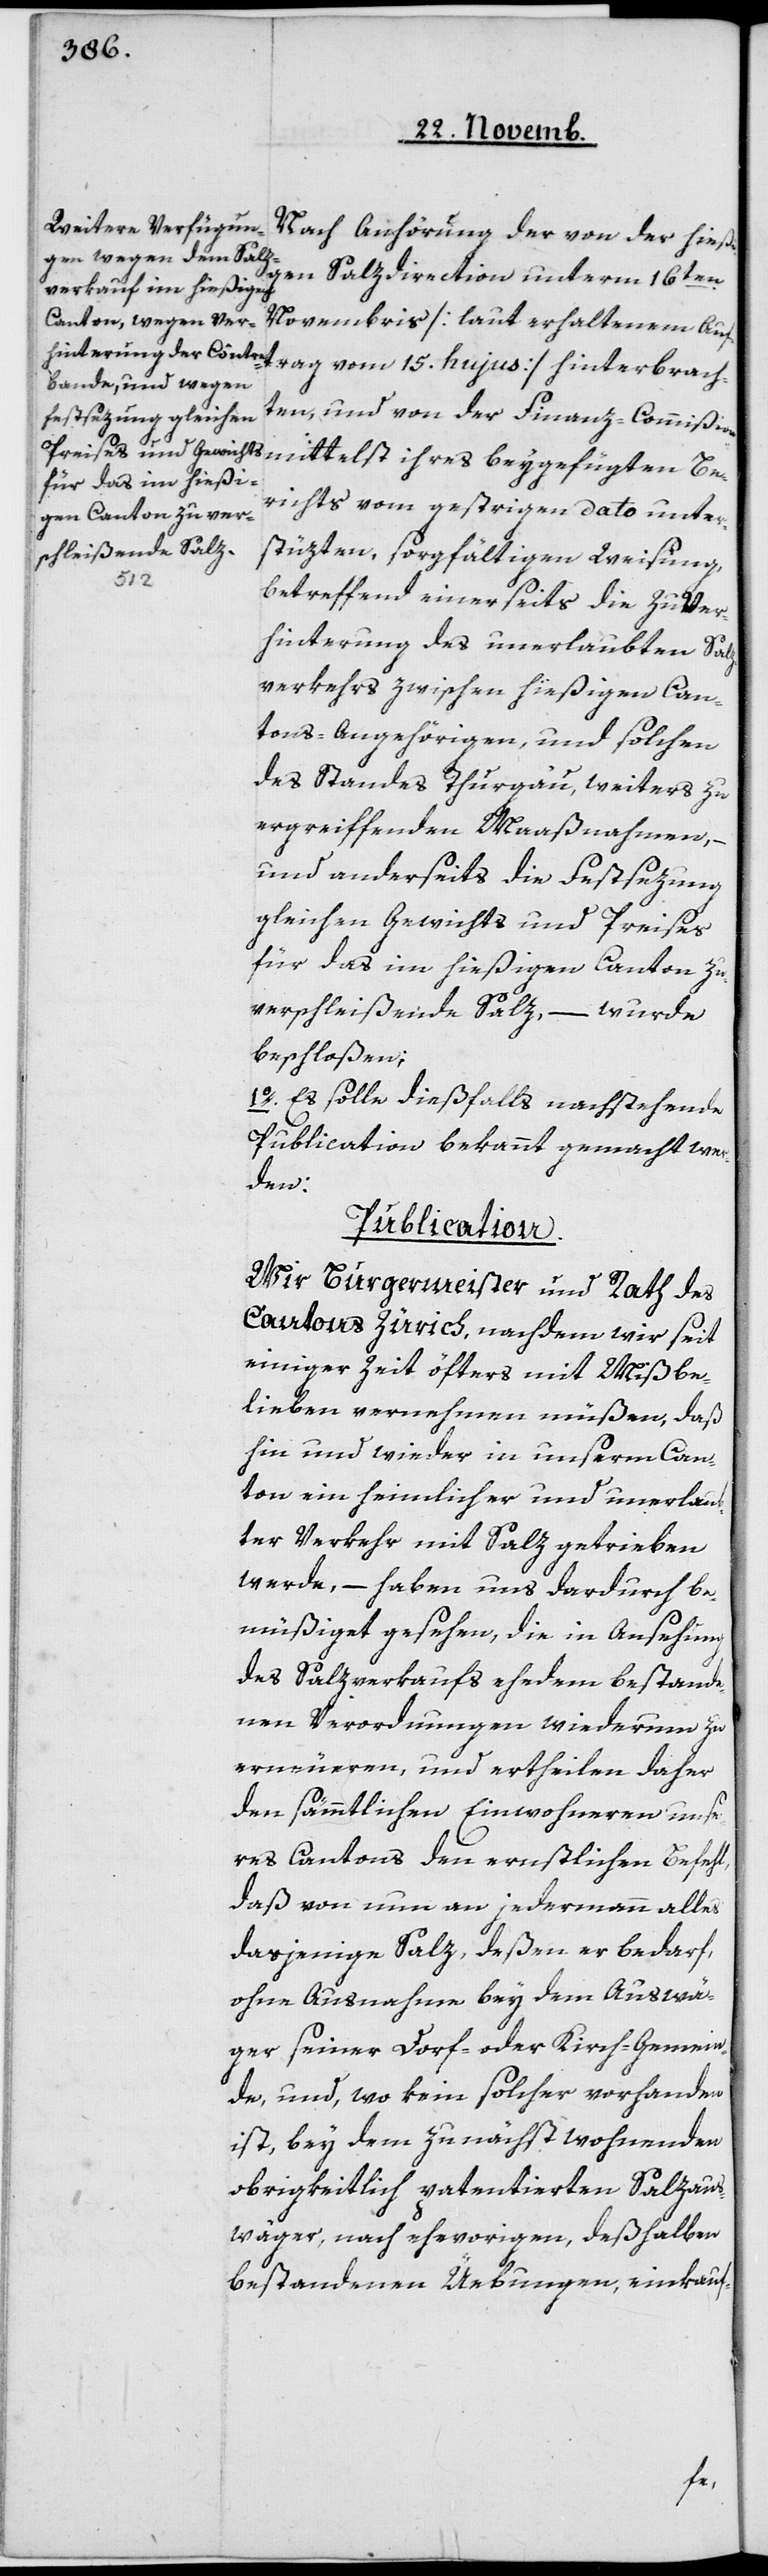
Nach Anhörung der von der hieß¬
igen Salzdirection unterm 16ten
Novembris [laut erhaltenem Auft¬
hten, und von der Finanz-Commißion
richts vom gestrigen Dato unter¬
stüzten, sorgfältigen Weisung,
betreffend einerseits die zu Ver¬
hinderung des unerlaubten Salz¬
verkehrs zwischen hießigen Can¬
tons-Angehörigen und solchen
des Standes Thurgau, weiters zu
ergreiffenden Maaßnahmen, –
und anderseits die Festsezung
gleichen Gewichts und Preises
für das im hießigen Canton zu
verschleißende Salz, – wurde
beschloßen:
1o Es solle dießfalls nachstehende
Publication bekannt gemacht wer¬
den.
Publication.
Wir Burgermeister und Rath des
Cantons Zürich, nachdem wir seit
einiger Zeit öfters mit Mißbe¬
lieben vernehmen müßen, daß
hin und wieder in unserm Can¬
ton ein feindlicher und unerlau¬
bter Verkehr mit Salz getrieben
werde, – haben uns dardurch be¬
müßiget gesehen, die in Ansehung
des Salzverkaufs ehedem bestande¬
nen Verordnungen wiederum zu
erneueren, und ertheilen daher
den sämmtlichen Einwohneren unse¬
res Cantons den ernstlichen Befehl,
daß von nun an jedermann alles
dasjenige Salz, deßen er bedarf,
ohne Ausnahme bey dem Auswä¬
ger seiner Dorf- oder Kirch-Gemein¬
de, und wo kein solcher vorhanden
ist, bey dem zu nächst wohnenden
obrigkeitlich patentierten Salzaus¬
wäger nach ehevorigen, deßhalben
bestandenen Uebungen, einkauf-
Be¬